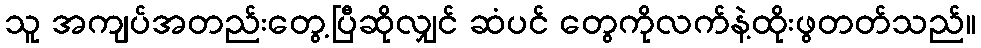
သူ အကျပ်အတည်းတွေ့ပြီဆိုလျှင် ဆံပင် တွေကိုလက်နဲ့ထိုးဖွတတ်သည်။